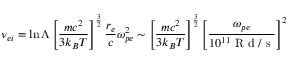
\nu _ { e i } = \ln \Lambda \left[ \frac { m c ^ { 2 } } { 3 k _ { B } T } \right] ^ { \frac { 3 } { 2 } } \frac { r _ { e } } { c } \omega _ { p e } ^ { 2 } \sim \left[ \frac { m c ^ { 2 } } { 3 k _ { B } T } \right] ^ { \frac { 3 } { 2 } } \left[ \frac { \omega _ { p e } } { 1 0 ^ { 1 1 } \mathrm { ~ R ~ d ~ / ~ s ~ } } \right] ^ { 2 }